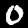
Label: 0